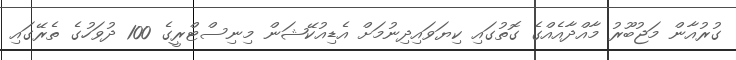
ގުރުއާން މަޖުބޫރު މާއްދާއެއްގެ ގޮތުގައި ކިޔަވައިދިނުމަށް އެޑިއުކޭޝަން މިނިސްޓްރީގެ 100 ދުވަހުގެ ތެރޭގައި